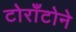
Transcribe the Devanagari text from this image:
टोराँटोने